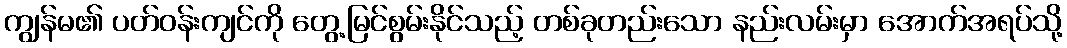
ကျွန်မ၏ ပတ်ဝန်းကျင်ကို တွေ့မြင်စွမ်းနိုင်သည့် တစ်ခုတည်းသော နည်းလမ်းမှာ အောက်အရပ်သို့